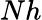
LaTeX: Nh